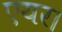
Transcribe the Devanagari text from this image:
एयर।